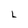
Character: L